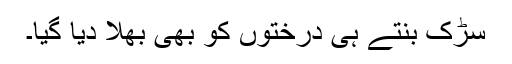
سڑک بنتے ہی درختوں کو بھی بھلا دیا گیا۔